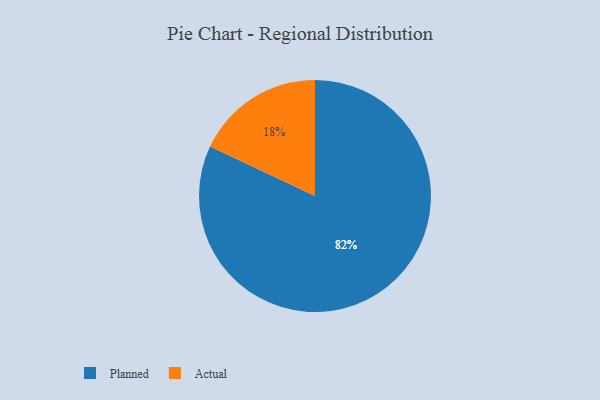
{"axis": {"x": "Category", "y": "Percentage"}, "legend": ["Actual", "Planned"], "data": [{"x": "Planned", "y": 82, "type": "Planned"}, {"x": "Actual", "y": 18, "type": "Actual"}]}